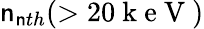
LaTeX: \mathsf{n}_{\mathsf{n}th}(>20\mathrm{{~k~e~V~}})